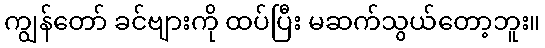
ကျွန်တော် ခင်ဗျားကို ထပ်ပြီး မဆက်သွယ်တော့ဘူး။